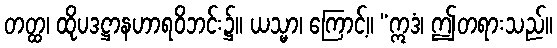
တတ္ထ၊ ထိုပဒဋ္ဌာနဟာရဝိဘင်း၌။ ယသ္မာ၊ ကြောင့်။ “ဣဒံ၊ ဤတရားသည်။